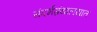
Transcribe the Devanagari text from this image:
संदर्भग्रंथालयात